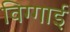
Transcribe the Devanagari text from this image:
विग्गाई